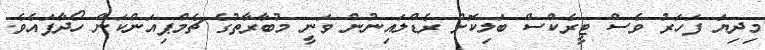
މިދިޔަ ފަހަރު ވެސް ޓީރެކްސް ބަލިކޮށް ރެޑްލައިނުން ވަނީ މުބާރާތުގެ ޗެމްޕިއަންކަން ހޯދާފައެވެ.